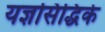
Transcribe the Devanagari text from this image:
यज्ञसिद्धिके